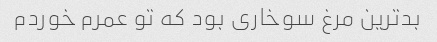
بدترین مرغ سوخاری بود که تو عمرم خوردم